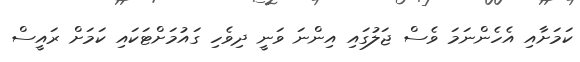
ކަމަށާއި އެހެންނަމަ ވެސް ޖަލުގައި އިންނަ ވަނީ ދިވެހި ގައުމަށްޓަކައި ކަމަށް ރައީސް